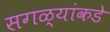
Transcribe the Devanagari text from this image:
सगळ्यांकडे